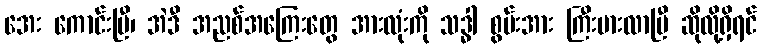
အေး ကောင်းပြီ၊ အဲဒီ အညစ်အကြေးတွေ အားလုံးကို သဒ္ဓါ စွမ်းအား ကြီးမားလာပြီ ဆိုလို့ရှိရင်